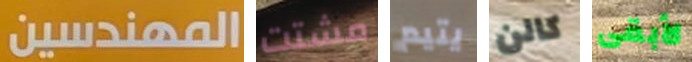
المهندسين مشتت يتيم كالن لأبقى